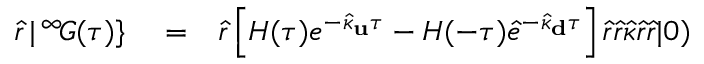
\begin{array} { r l r } { \hat { r } \, | \, ^ { \infty } \! G ( \tau ) \} } & { { } = } & { \hat { r } \left[ H ( \tau ) e ^ { - \hat { \kappa } _ { \bf u } \tau } - H ( - \tau ) \hat { e } ^ { - \hat { \kappa } _ { \bf d } \tau } \right] \hat { r } \hat { r } \hat { \kappa } \hat { r } \hat { r } | 0 ) } \end{array}